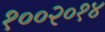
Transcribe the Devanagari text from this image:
१००२०१४